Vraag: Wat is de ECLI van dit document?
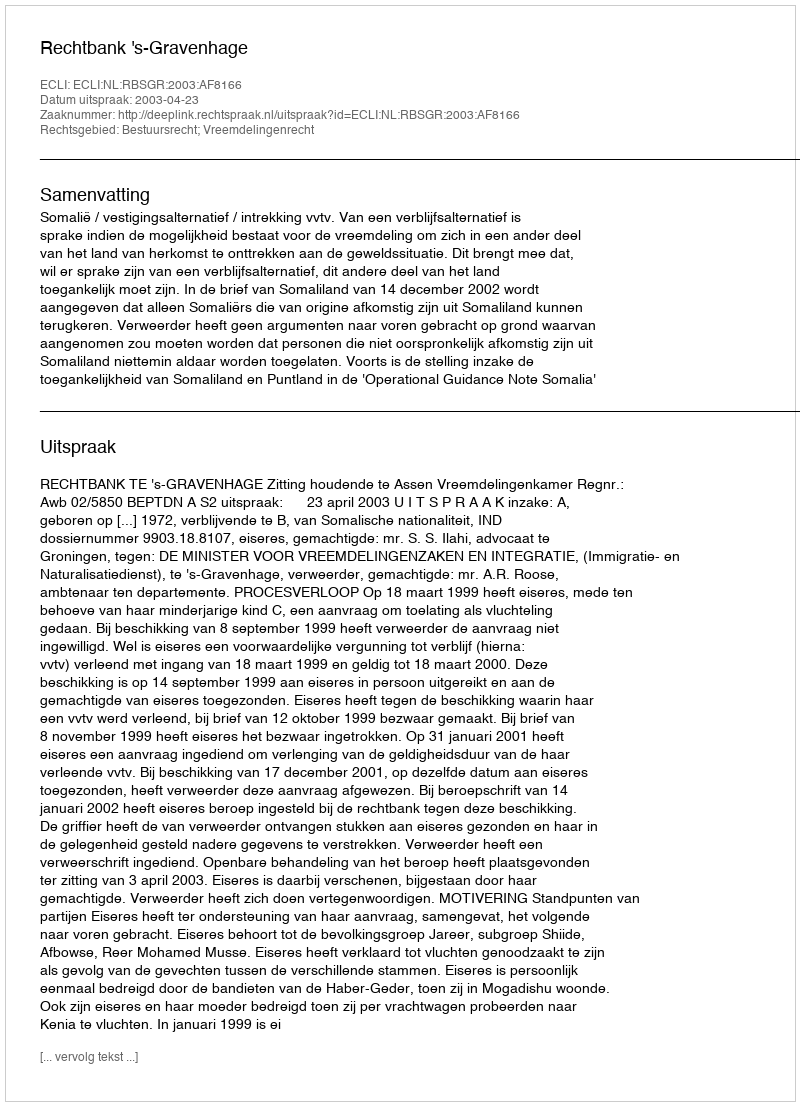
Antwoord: ECLI:NL:RBSGR:2003:AF8166